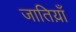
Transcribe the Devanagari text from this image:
जातिय़ाँ